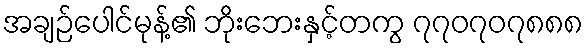
အချဉ်ပေါင်မုန့်၏ ဘိုးဘေးနှင့်တကွ ၇၇၀၇၀၇၈၈၈